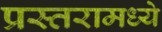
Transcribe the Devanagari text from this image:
प्रस्तरामध्ये